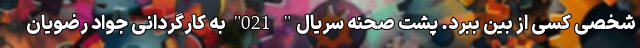
شخصی کسی از بین ببرد. پشت صحنه سریال" 021" به کارگردانی جواد رضویان